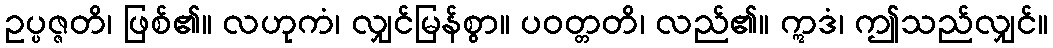
ဥပ္ပဇ္ဇတိ၊ ဖြစ်၏။ လဟုကံ၊ လျှင်မြန်စွာ။ ပဝတ္တတိ၊ လည်၏။ ဣဒံ၊ ဤသည်လျှင်။